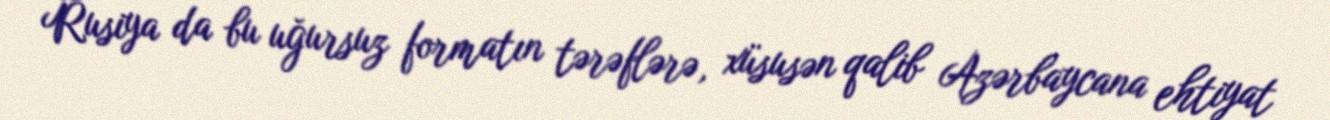
Rusiya da bu uğursuz formatın tərəflərə, xüsusən qalib Azərbaycana ehtiyat